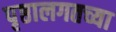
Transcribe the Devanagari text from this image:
पृष्ठालगतच्या